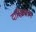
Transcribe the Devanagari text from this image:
दाक्षिणात्म